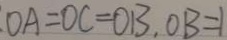
O A = O C = O B , O B = 1